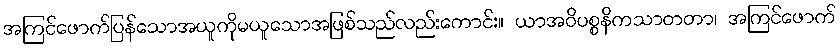
အကြင်ဖောက်ပြန်သောအယူကိုမယူသောအဖြစ်သည်လည်းကောင်း။ ယာအဝိပစ္စနိကသာတတာ၊ အကြင်ဖောက်